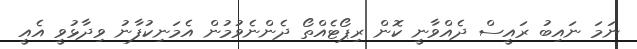
ނަމަ ނައިބު ރައީސް ދެއްވާނީ ކޮން ރިޕޯޓެއްތޯ ދެންނެވުމުން އެމަނިކުފާނު ވިދާޅުވީ އެއީ